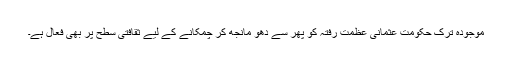
موجودہ ترک حکومت عثمانی عظمت رفتہ کو پھر سے دھو مانجھ کر چمکانے کے لیے ثقافتی سطح پر بھی فعال ہے۔